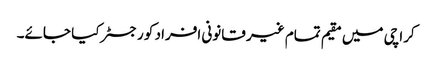
کراچی میں مقیم تمام غیر قانونی افراد کو رجسٹر کیا جائے۔